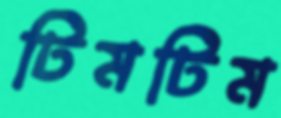
টিমটিম